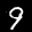
Digit: 9